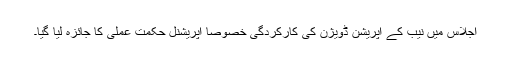
اجلاس میں نیب کے آپریشن ڈویژن کی کارکردگی خصوصاً آپریشنل حکمت عملی کا جائزہ لیا گیا۔